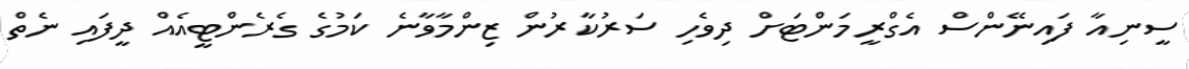
ސީނިއާ ފައިނޭންސް އެގްރީމަންޓަށް ދިވެހި ސަރުކާރުން ޒިންމާވާނެ ކަމުގެ ގެރެންޓީއެއް ދީފައި ނެތް